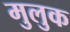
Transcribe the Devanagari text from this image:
मुलुक